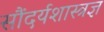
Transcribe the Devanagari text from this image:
सौंदर्यशास्त्रज्ञ